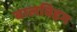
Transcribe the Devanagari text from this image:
बालविहग